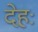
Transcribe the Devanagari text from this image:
देहः